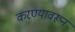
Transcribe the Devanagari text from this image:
करण्यावरून